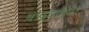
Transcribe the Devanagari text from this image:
घोद्याच्या